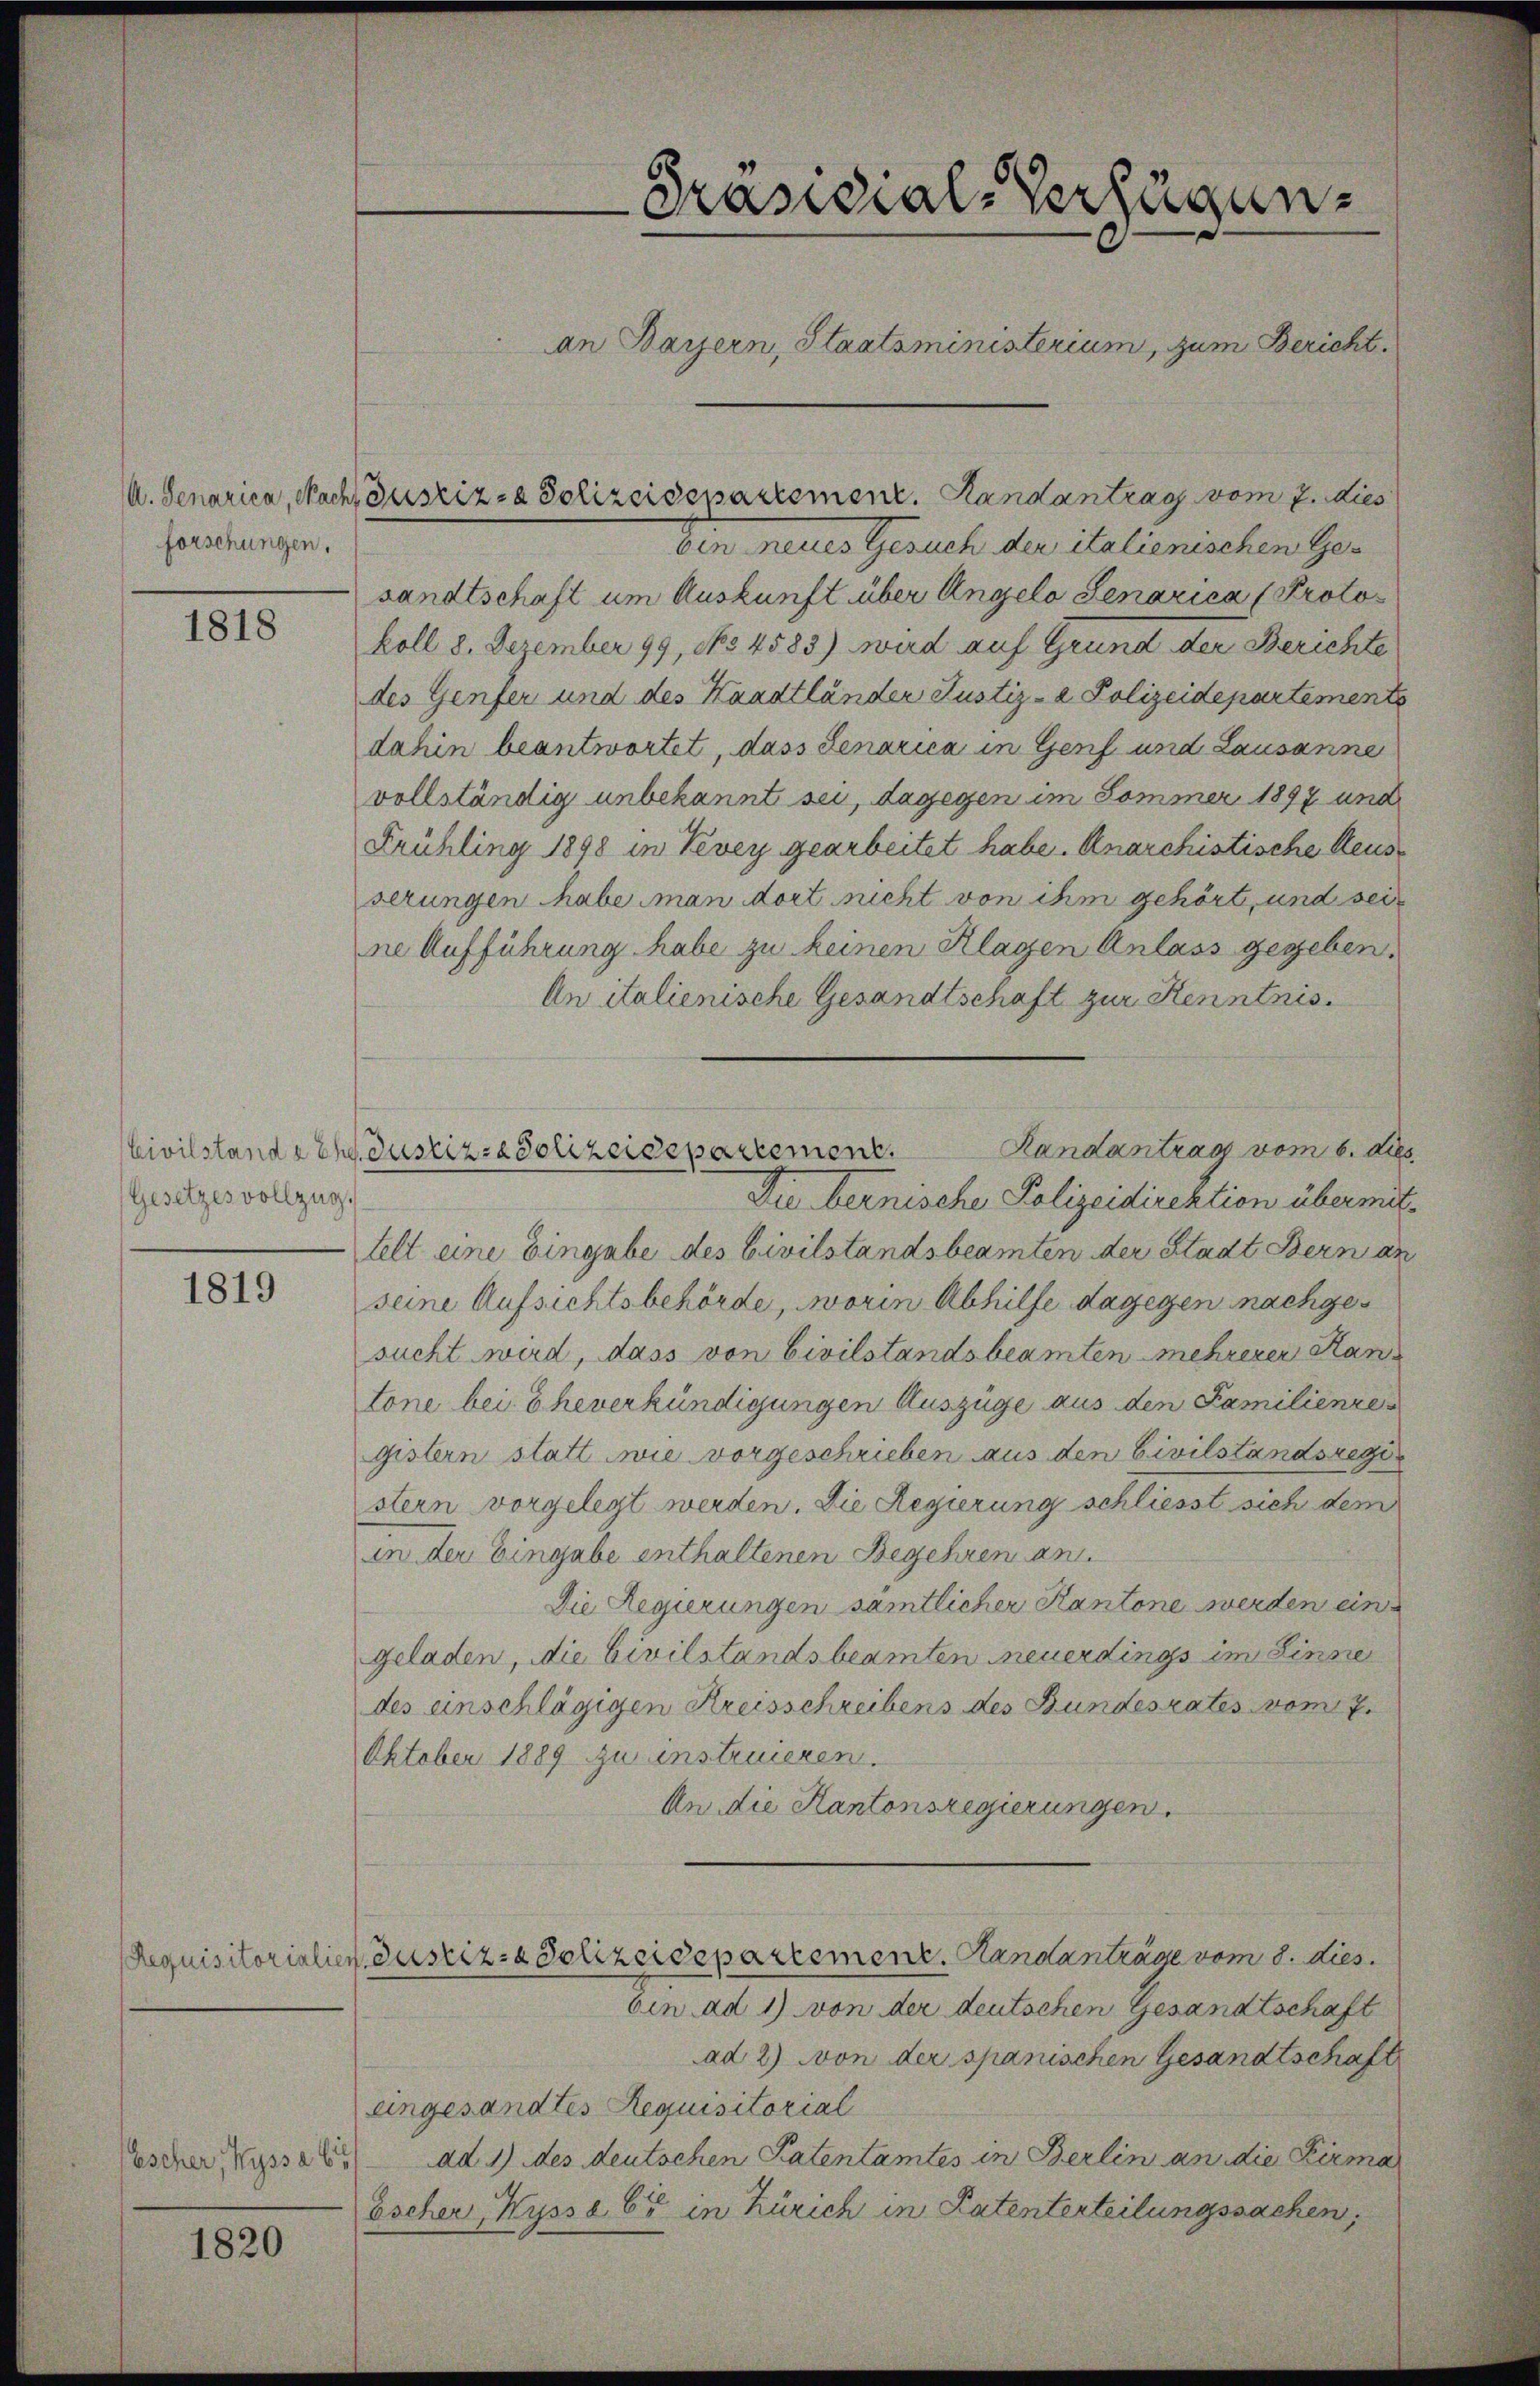
forschungen.

1818

Gesetzes vollzug.

1819

Escher, Kassa b

1820

bin neues Gesuch der italienischen Gesandtschaft um Auskunft über Angelo Senarica (Protokoll 8. Dezember 199, No 4583) wird auf Grund der Berichte
des Genfer und des Kaadtländer Justiz- & Polizeidepartemente
dahin beantwortet, dass Jenarica in Genf und Lausanne
vollständig unbekannt sei, dagegen im Sommer 1897 und
Frühling 1898 in Vevey gearbeitet habe. Anarchistische Aeusserungen habe man dort nicht von ihm gehört, und seine Aufführung habe zu keinen Klagen Anlass gegeben.
An italienische Gesandtschaft zur Kenntnis.
CCivilstande Ehe Justiz-Polizeidepartement.
Die bernische Polizeidirektion übermit-
telt eine Eingabe des Civilstandsbeamten der Stadt Bern an
seine Aufsichtsbehörde, worin Abhilfe dagegen nachgesucht wird, dass von Civilstandsbeamten mehrerer Stan
tone bei Eheverkündigungen Auszüge aus den Familienren
gistern statt wie vorgeschrieben aus den Civilstandsregie
stern vorgelegt werden. Die Regierung schliesst sich dem
in der Eingabe enthaltenen Begehren an
Die Regierungen sämtlicher Kantone werden ein
geladen, die Civilstandsbeamten neuerdings im Einsie
des einschlägigen Kreisschreibens des Bundesrates vom 7.
Oktober 1889 zu instruieren.
An die Kantonsregierungen.
Requisitorialien Zustiz- & Polizeidepartement. Handanträge vom 8. dies
ben ad 1) von der deutschen Gesandtschaft
ad 2) von der spanischen Gesandtschaft
eingesandtes Requisitorial
ad 1) des deutschen Patentamtes in Berlin an die Firma
Escher Wyssa 65 in Zürich in Patenterteilungssachen,

A. Genarica, Nach Justiz- & Polizeisesartement. Landantrag vom 7. dies

-Präsidial-Versagunan Bayern, Staatsministerium, zum Bericht

Landantrag vom 6. dies